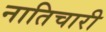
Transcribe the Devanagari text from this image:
नातिचारी